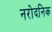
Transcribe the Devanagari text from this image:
नरोदनिक